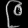
Digit: ၉